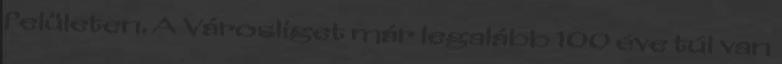
felületen. A Városliget már legalább 100 éve túl van